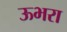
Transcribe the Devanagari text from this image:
ऊभरा